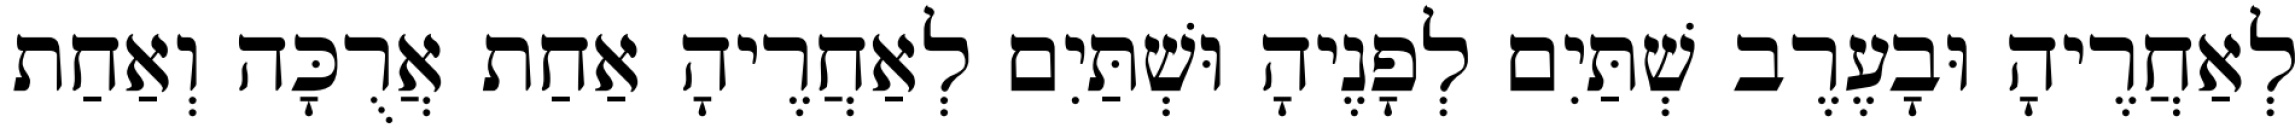
לְאַחֲרֶיהָ וּבָעֶרֶב שְׁתַּיִם לְפָנֶיהָ וּשְׁתַּיִם לְאַחֲרֶיהָ אַחַת אֲרֻכָּה וְאַחַת